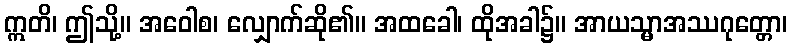
ဣတိ၊ ဤသို့။ အဝေါစ၊ လျှောက်ဆို၏။ အထခေါ၊ ထိုအခါ၌။ အာယသ္မာအဿဂုတ္တော၊